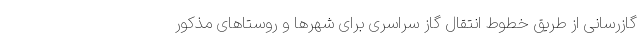
گازرسانی از طریق خطوط انتقال گاز سراسری برای شهرها و روستاهای مذکور